Report on the working of the mental hospitals for Indians in Bihar and Orissa - 1925-1929
Year: 1925
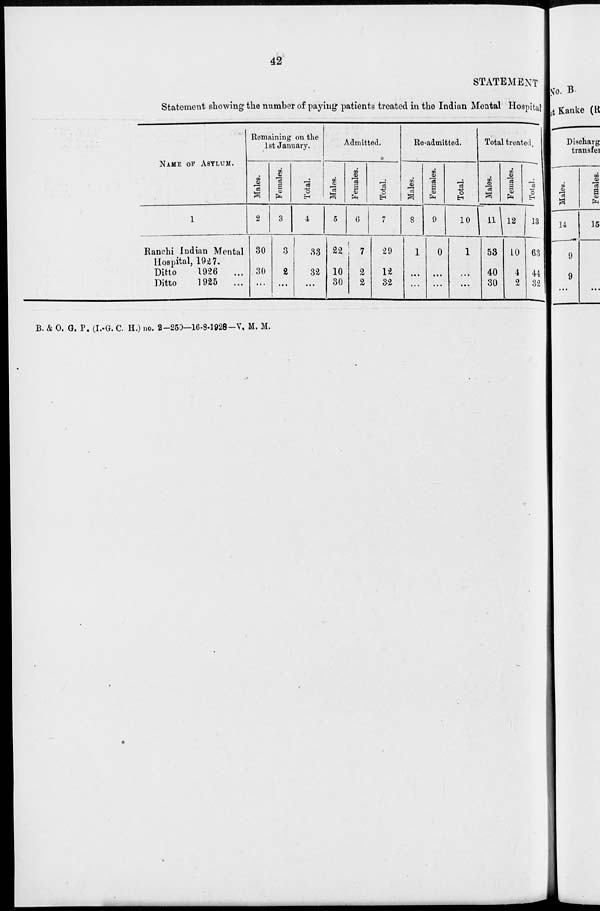
42
STATEMENT
Statement showing the number of paying patients treated in the Indian Mental Hospital
NAME OF ASYLUM.
1
Ranchi Indian Mental
Hospital, 1927.
Ditto
1926 ...
Ditto
1925 ...
Remaining on the
1st January.
Males.
2
30
30
...
Females.
3
3
2
...
Total.
4
33
32
...
Admitted.
Males.
5
22
10
30
Females.
6
7
2
2
Total.
7
29
12
32
Re-admitted.
Males.
8
1
...
...
Females.
9
0
...
...
Total.
10
1
...
...
Total treated.
Males.
11
53
40
30
Females.
12
10
4
2
Total.
13
63
44
32
B. & O. G. P. (I.-G. C. H.) no. 2—250—16-8-1928—V. M. M.